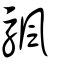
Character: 颿